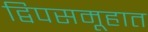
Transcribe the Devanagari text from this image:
द्विपसमूहात